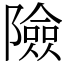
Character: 險